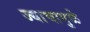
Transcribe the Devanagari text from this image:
ज्याचामुळे